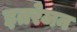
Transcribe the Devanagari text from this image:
इतरेजन